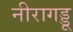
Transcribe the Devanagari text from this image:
नीरागड्डू